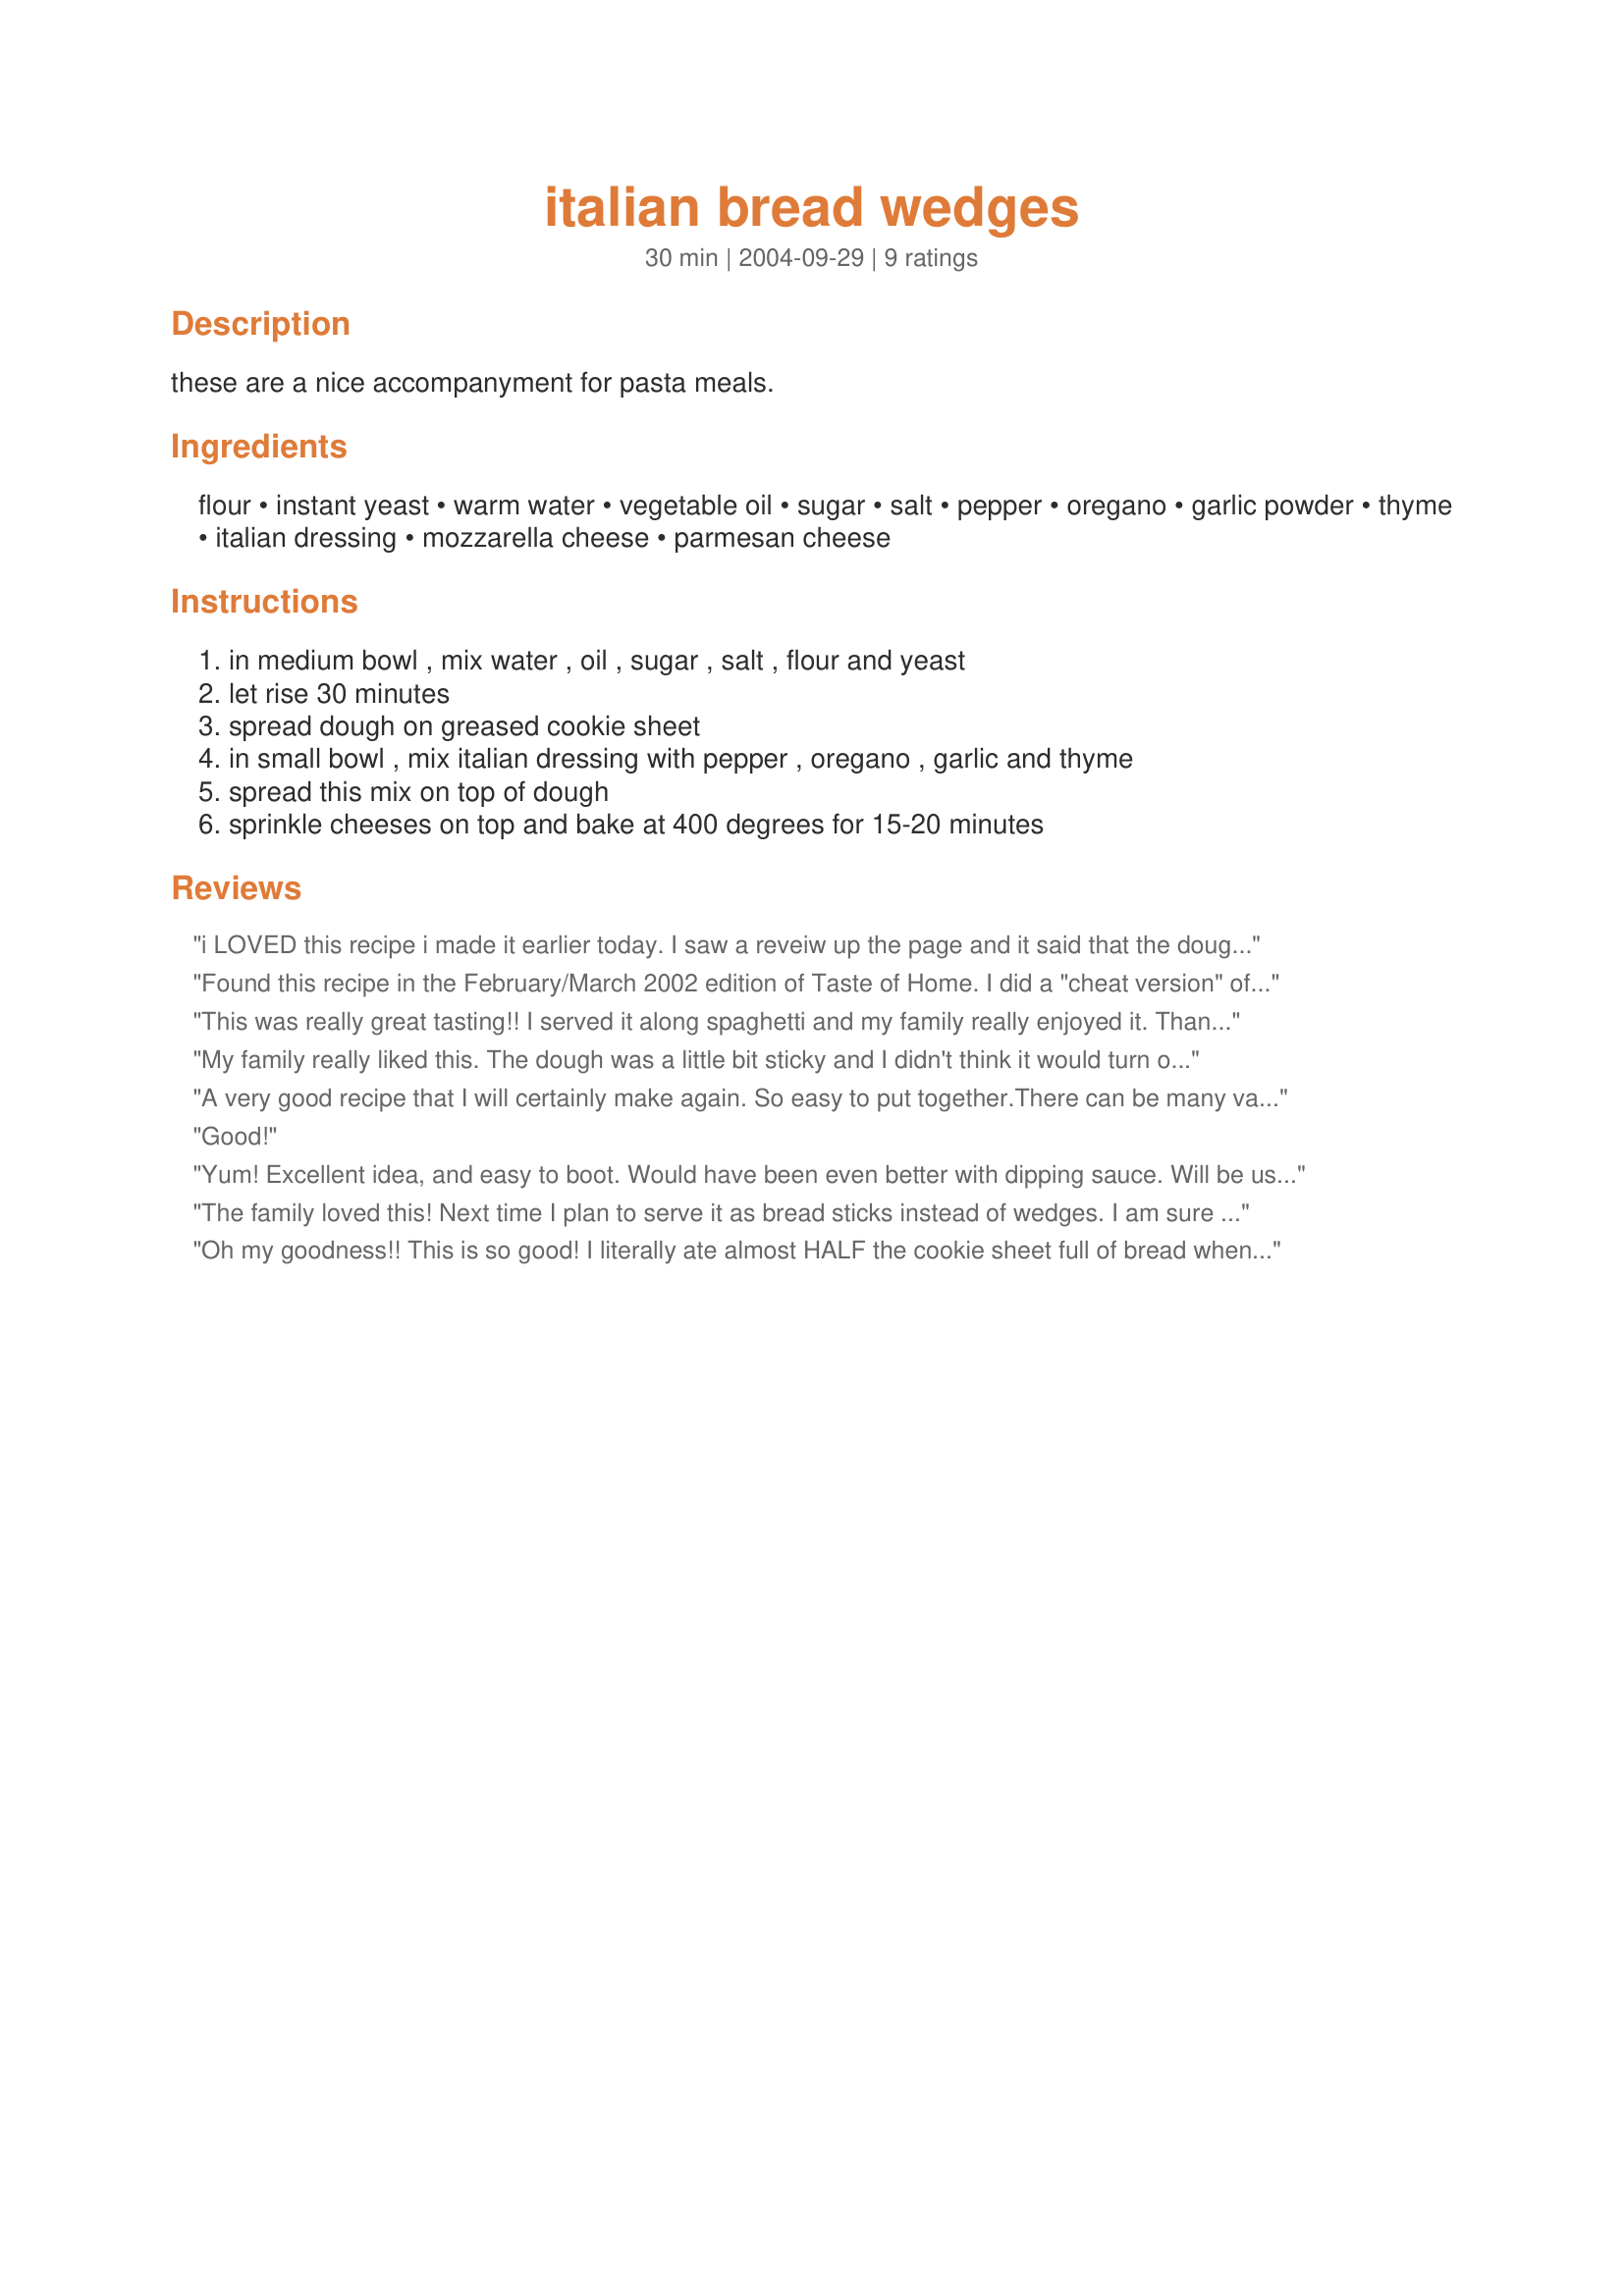
italian bread wedges
Preparation time: 30 minutes

these are a nice accompanyment for pasta meals.

Ingredients:
flour, instant yeast, warm water, vegetable oil, sugar, salt, pepper, oregano, garlic powder, thyme, italian dressing, mozzarella cheese, parmesan cheese

Steps:
in medium bowl , mix water , oil , sugar , salt , flour and yeast, let rise 30 minutes, spread dough on greased cookie sheet, in small bowl , mix italian dressing with pepper , oregano , garlic and thyme, spread this mix on top of dough, sprinkle cheeses on top and bake at 400 degrees for 15-20 minutes

Reviews:
i LOVED this recipe i made it earlier today. I saw a reveiw up the page and it said that the dough was sticky, if it is just put more flour on until its not sticky but ,ake sure you roll in ALL the dough or it will be dry.
Found this recipe in the February/March 2002 edition of Taste of Home. I did a "cheat version" of it. Instead of making the bread part I just used store bought pizza crust. I'm sure it would be better with the homemade bread, but this worked for quick and easy. I added the toppings as listed, but eyeballed the cheese, and probably went a little lighter on them as a really wanted this as a bread stick and not like a pizza without sauce. I did cut them into bread stick rectangles and not wedges and we did prefer them with marinara sauce to dip with.
This was really great tasting!! I served it along spaghetti and my family really enjoyed it.
Thanks CookingMonster...
My family really liked this. The dough was a little bit sticky and I didn't think it would turn out. I've had some bad experiences in the past & thought it would be flat. But much to my surprise it turned out really well. I'm definitely going to make this again. I followed the recipe as written. I put it in a warm oven to rise but didn't cover it. As a result it had some dry spots so next time I'll put plastic wrap on it. Thanks a lot!
A very good recipe that I will certainly make again. So easy to put together.There can be many variations with this as well. A keeper and very deserving of the 5 stars.
Good!
Yum! Excellent idea, and easy to boot. Would have been even better with dipping sauce. Will be using this recipe often! Thanks!
The family loved this! Next time I plan to serve it as bread sticks instead of wedges. I am sure i will make it again as it is really easy to put together. At the end of the baking time the crust seemed to be not fully cooked, so left it in for 7 minutes more and then placed it on the floor of the oven to crisp the bottom. Thank you for sharing.
Oh my goodness!! This is so good! I literally ate almost HALF the cookie sheet full of bread when it came out of the oven!!!

I must admit to a mistake though. I didn't even NOTICE the Italian dressing as an ingredient .. somehow I skipped right over that when reading it the first time! Of course, when I made it , that's when I noticed it *rolling eyes* I had to substitute , which I hate to do on the first try of a recipe , I used a balsamic dressing instead ...

I also didn't use the entire amount of mozzarella cheese .... I went a little lighter on that ...

Cooked just like the recipe said , in about 15 minutes.

Very delicious bread! Thanks so much for posting!!
